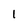
Character: 1